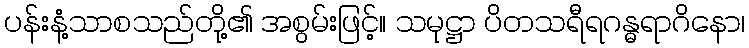
ပန်းနံ့သာစသည်တို့၏ အစွမ်းဖြင့်။ သမုဋ္ဌာ ပိတသရီရဂန္ဓရာဂိနော၊